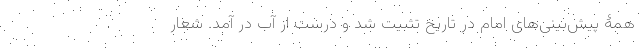
همۀ پیش‌بینی‌های امام در تاریخ تثبیت شد و درست از آب در آمد. شعار